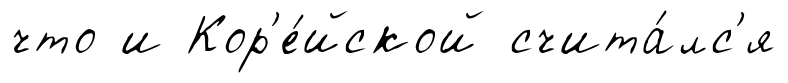
что и Кор'е́йской счита́лс'я